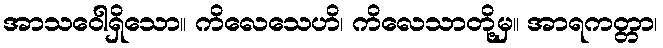
အာသဝေါရှိသော။ ကိလေသေဟိ၊ ကိလေသာတို့မှ။ အာရကတ္တာ၊